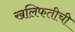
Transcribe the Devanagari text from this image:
खलिफतीची